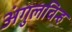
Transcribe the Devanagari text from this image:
अंगुलचिन्ह